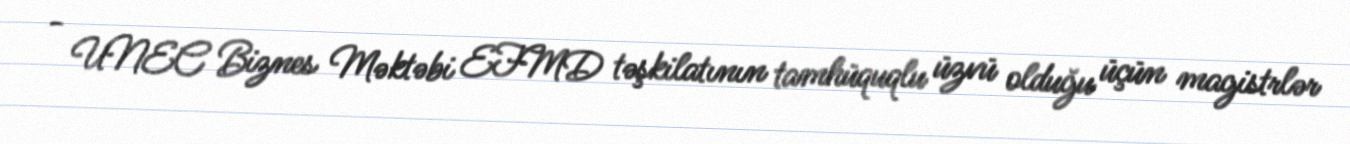
- UNEC Biznes Məktəbi EFMD təşkilatının tamhüquqlu üzvü olduğu üçün magistrlər